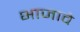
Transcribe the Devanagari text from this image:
भाजावे